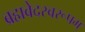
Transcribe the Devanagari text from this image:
ब्रह्मवेदस्वरूपम्